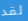
لقد